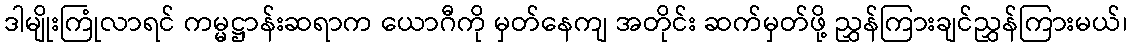
ဒါမျိုးကြုံလာရင် ကမ္မဋ္ဌာန်းဆရာက ယောဂီကို မှတ်နေကျ အတိုင်း ဆက်မှတ်ဖို့ ညွှန်ကြားချင်ညွှန်ကြားမယ်၊